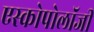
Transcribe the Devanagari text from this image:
एस्कोपोलॉजी